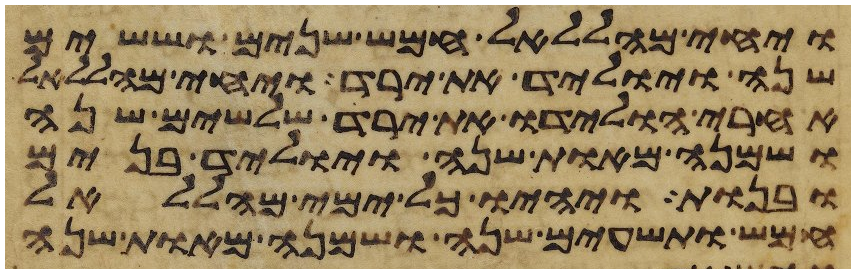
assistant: ויחי מהללאל חמש שנים וששים
שנה ויוליד את ירד ויחי מהללאל
אחרי הולידו את ירד שלשים שנה
ושמנה מאות שנה ויוליד בנים
ובנות ויהיו כל ימי מהללאל
חמש ותשעים שנה ושמנה מאות שנה